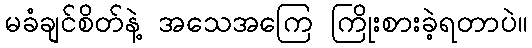
မခံချင်စိတ်နဲ့ အသေအကြေ ကြိုးစားခဲ့ရတာပဲ။